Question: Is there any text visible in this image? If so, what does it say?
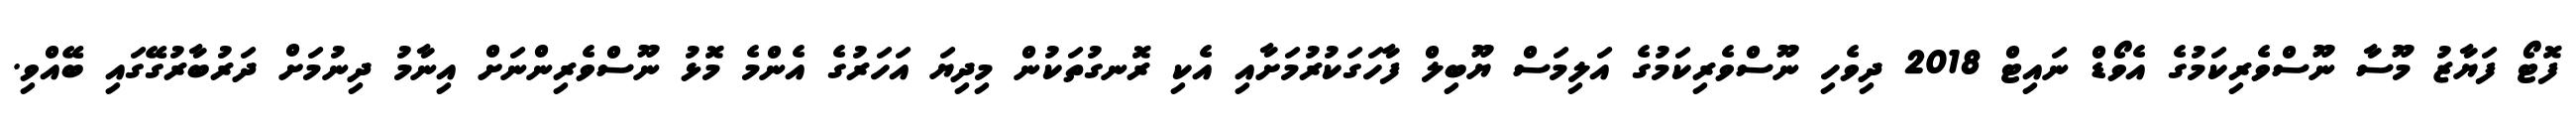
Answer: ފޮޓޯ ފަޔާޒު މޫސާ ނޫސްވެރިކަމުގެ އެވޯޑް ނައިޓް 2018 ދިވެހި ނޫސްވެރިކަމުގެ އަލިމަސް ޔޫބިލް ފާހަގަކުރުމަށާއި އެކި ރޮނގުތަކުން މިދިޔަ އަހަރުގެ އެންމެ މޮޅު ނޫސްވެރިންނަށް އިނާމު ދިނުމަށް ދަރުބާރުގޭގައި ބޭއްވި.